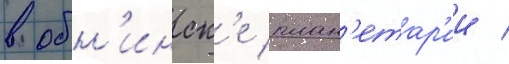
в обн'инск'е план'етар'ии /